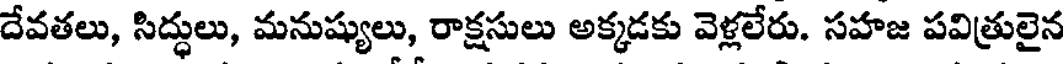
దేవతలు, సిద్ధులు, మనుష్యులు, రాక్షసులు అక్కడకు వెళ్లలేరు. సహజ పవిత్రులైన